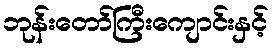
ဘုန်းတော်ကြီးကျောင်းနှင့်